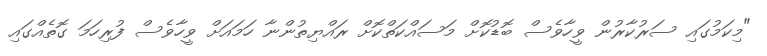
"މިކަމުގައި ސަރުކާރުން ވީހާވެސް ބޮޑުކޮށް މަސައްކަތްކޮށް ރައްޔިތުންނާ ހަމައަށް ވީހާވެސް ފުރިހަމަ ގޮތެއްގައި